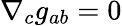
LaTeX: \nabla_{c}g_{ab}=0